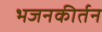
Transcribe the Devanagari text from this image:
भजनकीर्तन